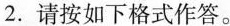
2.请按如下格式作答.